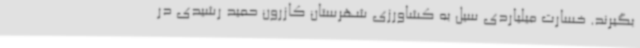
بگیرند. خسارت میلیاردی سیل به کشاورزی شهرستان کازرون حمید رشیدی در